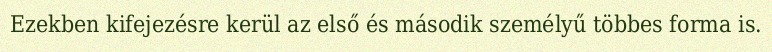
Ezekben kifejezésre kerül az első és második személyű többes forma is.